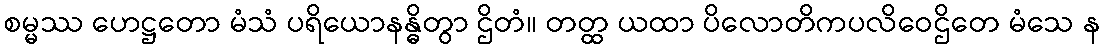
စမ္မဿ ဟေဋ္ဌတော မံသံ ပရိယောနန္ဓိတွာ ဌိတံ။ တတ္ထ ယထာ ပိလောတိကပလိဝေဌိတေ မံသေ န